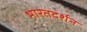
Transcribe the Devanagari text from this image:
भारतदर्शन